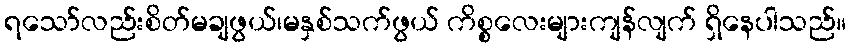
ရသော်လည်းစိတ်မချဖွယ်၊မနှစ်သက်ဖွယ် ကိစ္စလေးများကျန်လျက် ရှိနေပါသည်။